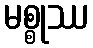
မစ္စုဿ